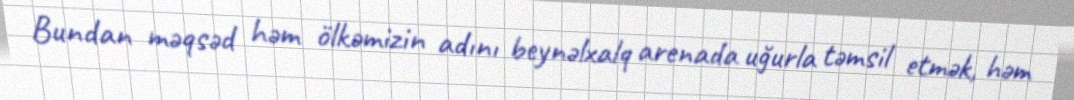
Bundan məqsəd həm ölkəmizin adını beynəlxalq arenada uğurla təmsil etmək, həm